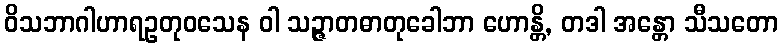
ဝိသဘာဂါဟာရဥတုဝသေန ဝါ သဉ္ဇာတဓာတုခေါဘာ ဟောန္တိ, တဒါ အန္တော သီသတော